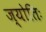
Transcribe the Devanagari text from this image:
ज्योतिः